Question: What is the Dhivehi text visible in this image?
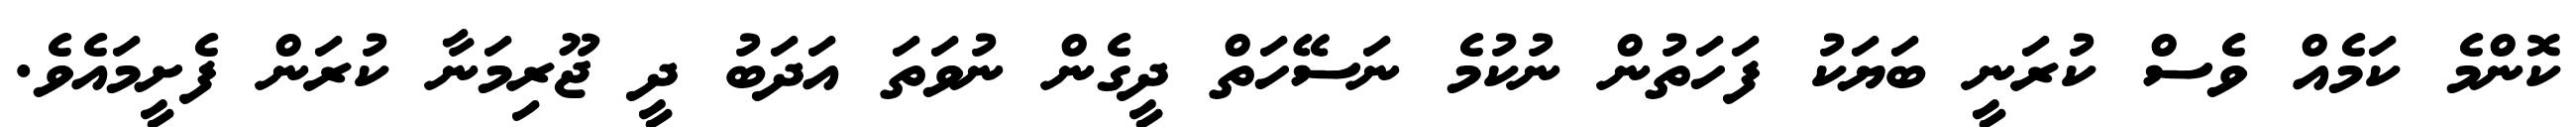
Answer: ކޮންމެ ކަމެއް ވެސް ކުރަނީ ބަޔަކު ފަހަތުން ނުކުމެ ނަސޭހަތް ދީގެން ނުވަތަ އަދަބު ދީ ޖޫރިމަނާ ކުރަން ފެށީމައެވެ.